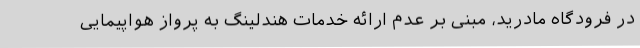
در فرودگاه مادرید، مبنی بر عدم ارائه خدمات هندلینگ به پرواز هواپیمایی